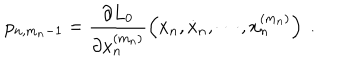
p _ { n , m _ { n } - 1 } = \frac { \partial L _ { 0 } } { \partial x _ { n } ^ { ( m _ { n } ) } } \left( x _ { n } , \dot { x } _ { n } , \cdots , x _ { n } ^ { ( m _ { n } ) } \right) \ .